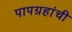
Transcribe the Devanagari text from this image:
पापग्रहांची